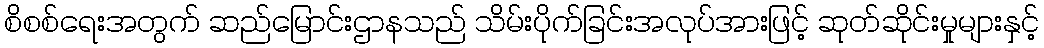
စိစစ်ရေးအတွက် ဆည်မြောင်းဌာနသည် သိမ်းပိုက်ခြင်းအလုပ်အားဖြင့် ဆုတ်ဆိုင်းမှုများနှင့်